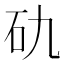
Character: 𥐜